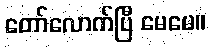
တော်လောက်ပြီ မေမေ။